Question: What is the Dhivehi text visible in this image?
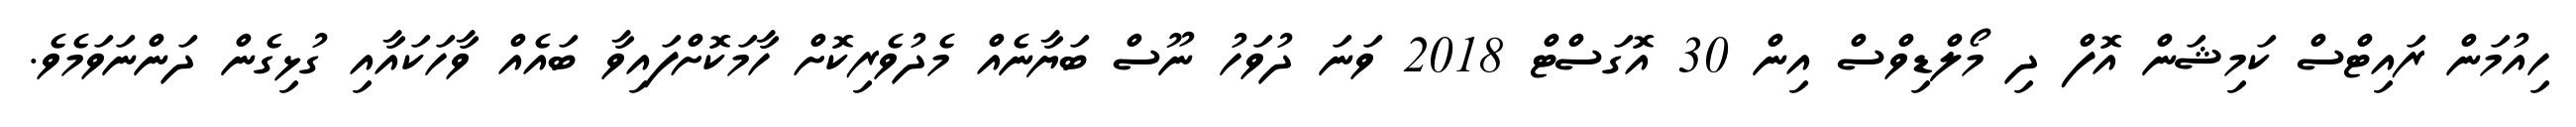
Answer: ހިއުމަން ރައިޓްސް ކަމިޝަން އޮފް ދި މޯލްޑިވްސް އިން 30 އޮގަސްޓް 2018 ވަނަ ދުވަހު ނޫސް ބަޔާނެއް މެދުވެރިކޮށް ހާމަކޮށްފައިވާ ބައެއް ވާހަކައާއި ގުޅިގެން ދަންނަވަމެވެ.